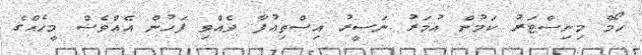
ހޯމް މިނިސްޓަރު ކަމުން އުމަރު ނަސީރު އިސްތިއުފާ ދެއްވި ފަހުން އެއްވެސް މީހެއްގެ